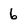
Character: 6